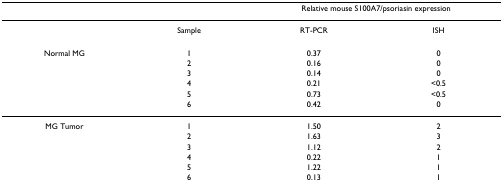
<table><thead><tr><td></td><td></td><td colspan="2"><b>Relative mouse S100A7/psoriasin expression</b></td></tr></thead><tbody><tr><td></td><td>Sample</td><td>RT-PCR</td><td>ISH</td></tr><tr><td>Normal MG</td><td>1</td><td>0.37</td><td>0</td></tr><tr><td></td><td>2</td><td>0.16</td><td>0</td></tr><tr><td></td><td>3</td><td>0.14</td><td>0</td></tr><tr><td></td><td>4</td><td>0.21</td><td>&lt;0.5</td></tr><tr><td></td><td>5</td><td>0.73</td><td>&lt;0.5</td></tr><tr><td></td><td>6</td><td>0.42</td><td>0</td></tr><tr><td>MG Tumor</td><td>1</td><td>1.50</td><td>2</td></tr><tr><td></td><td>2</td><td>1.63</td><td>3</td></tr><tr><td></td><td>3</td><td>1.12</td><td>2</td></tr><tr><td></td><td>4</td><td>0.22</td><td>1</td></tr><tr><td></td><td>5</td><td>1.22</td><td>1</td></tr><tr><td></td><td>6</td><td>0.13</td><td>1</td></tr></tbody></table>